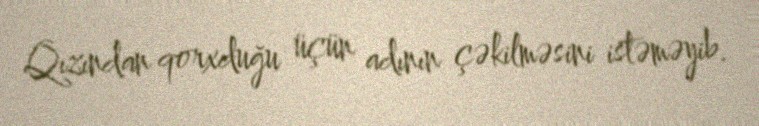
Qızından qorxduğu üçün adının çəkilməsini istəməyib.